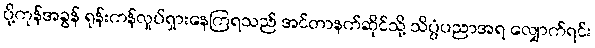
ပို့ကုန်အခွန် ရုန်းကန်လှုပ်ရှားနေကြရသည် အင်တာနက်ဆိုင်သို့ သိပ္ပံပညာအရ လျှောက်ရင်း